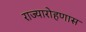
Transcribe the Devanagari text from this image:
राज्यारोहणास